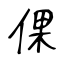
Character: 倮